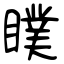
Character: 瞨